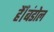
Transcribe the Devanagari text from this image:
हैँ।बंडोल